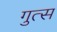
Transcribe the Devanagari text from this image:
गुत्स